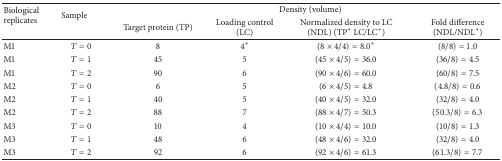
<table><thead><tr><td rowspan="2"><b>Biological replicates</b></td><td rowspan="2"><b>Sample</b></td><td colspan="4"><b>Density (volume)</b></td></tr><tr><td><b>Target protein (TP)</b></td><td><b>Loading control (LC)</b></td><td><b>Normalized density to LC (NDL) (TP* LC/LC*)</b></td><td><b>Fold difference (NDL/NDL*)</b></td></tr></thead><tbody><tr><td>M1</td><td><i>T</i> = 0</td><td>8</td><td>4*</td><td>(8 × 4/4) = 8.0*</td><td>(8/8) = 1.0</td></tr><tr><td>M1</td><td><i>T</i> = 1</td><td>45</td><td>5</td><td>(45 × 4/5) = 36.0</td><td>(36/8) = 4.5</td></tr><tr><td>M1</td><td><i>T</i> = 2</td><td>90</td><td>6</td><td>(90 × 4/6) = 60.0</td><td>(60/8) = 7.5</td></tr><tr><td>M2</td><td><i>T</i> = 0</td><td>6</td><td>5</td><td>(6 × 4/5) = 4.8</td><td>(4.8/8) = 0.6</td></tr><tr><td>M2</td><td><i>T</i> = 1</td><td>40</td><td>5</td><td>(40 × 4/5) = 32.0</td><td>(32/8) = 4.0</td></tr><tr><td>M2</td><td><i>T</i> = 2</td><td>88</td><td>7</td><td>(88 × 4/7) = 50.3</td><td>(50.3/8) = 6.3</td></tr><tr><td>M3</td><td><i>T</i> = 0</td><td>10</td><td>4</td><td>(10 × 4/4) = 10.0</td><td>(10/8) = 1.3</td></tr><tr><td>M3</td><td><i>T</i> = 1</td><td>48</td><td>6</td><td>(48 × 4/6) = 32.0</td><td>(32/8) = 4.0</td></tr><tr><td>M3</td><td><i>T</i> = 2</td><td>92</td><td>6</td><td>(92 × 4/6) = 61.3</td><td>(61.3/8) = 7.7</td></tr></tbody></table>